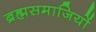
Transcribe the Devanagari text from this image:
ब्रह्मसमाजियों